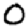
Digit: 0